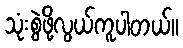
သုံးစွဲဖို့လွယ်ကူပါတယ်။